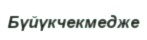
Бүйүкчекмедже